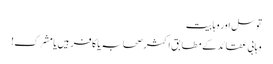
توسل اور وہابیت
وہابی عقائد کے مطابق اکثر صحابہ یا کافر ہیں یامشرک!